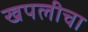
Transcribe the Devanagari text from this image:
खपलीचा